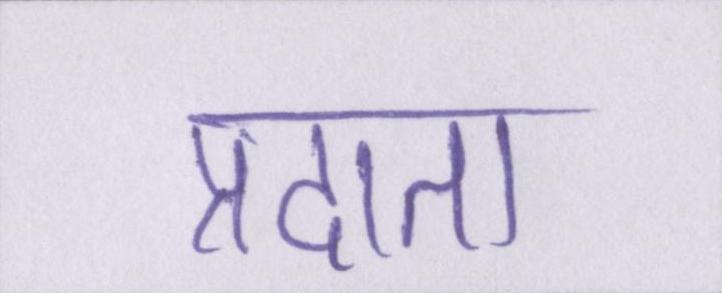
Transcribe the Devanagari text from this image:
प्रदाता